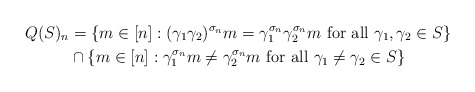
\begin{align*} Q(S)_n & = \{m \in [n]: (\gamma_1 \gamma_2)^{\sigma_n} m = \gamma_1^{\sigma_n} \gamma_2^{\sigma_n} m \mbox{ for all } \gamma_1,\gamma_2 \in S \} \\ & \cap \{m \in [n]: \gamma_1^{\sigma_n} m \neq \gamma_2^{\sigma_n} m \mbox{ for all } \gamma_1 \neq \gamma_2 \in S \} \end{align*}